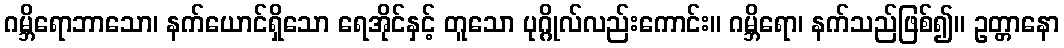
ဂမ္ဘိရောဘာသော၊ နက်ယောင်ရှိသော ရေအိုင်နှင့် တူသော ပုဂ္ဂိုလ်လည်းကောင်း။ ဂမ္ဘိရော၊ နက်သည်ဖြစ်၍။ ဥတ္တာနော